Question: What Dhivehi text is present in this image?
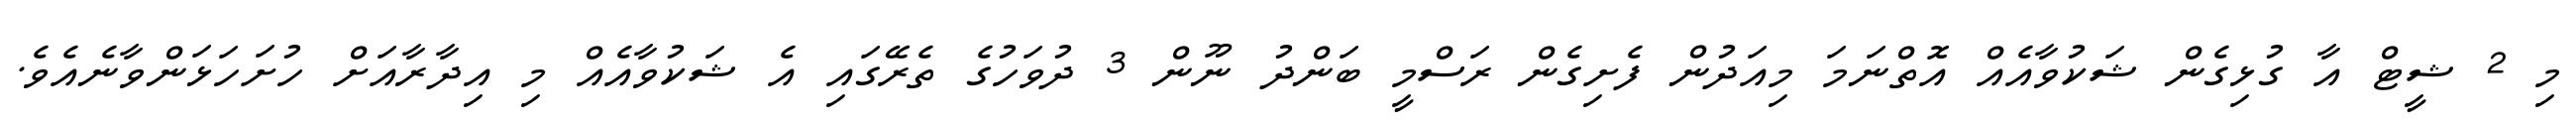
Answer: މި 2 ޝީޓް އާ ގުޅިގެން ޝަކުވާއެއް އޮތްނަމަ މިއަދުން ފެށިގެން ރަސްމީ ބަންދު ނޫން 3 ދުވަހުގެ ތެރޭގައި އެ ޝަކުވާއެއް މި އިދާރާއަށް ހުށަހަޅަންވާނެއެވެ.